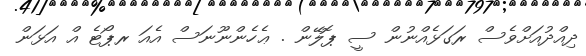
ދިއްދުއަށްވެސް ރަގަޅެއްނުން ސީ ޕޮލޭން . ޢެހެންނޫނަސް އެއަ ރޕޯޓެ އް އަޅަން